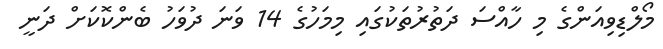
މޯލްޑިވިއަންގެ މި ހާއްސަ ދަތުރުތަކުގައި މިމަހުގެ 14 ވަަނަ ދުވަހު ބެންކޮކަށް ދަނީ